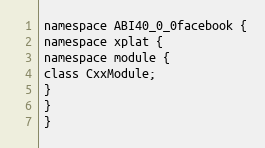
Language: C
namespace ABI40_0_0facebook {
namespace xplat {
namespace module {
class CxxModule;
}
}
}